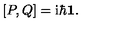
[ P , Q ] = \mathrm { i } \hbar { \bf 1 } .